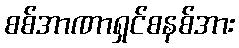
စစ်အာဏာရှင်စနစ်အား